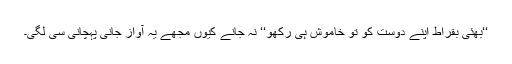
‘‘بھئی بقراط اپنے دوست کو تو خاموش ہی رکھو‘‘ نہ جانے کیوں مجھے یہ آواز جانی پہچانی سی لگی۔